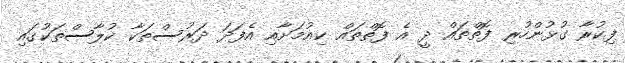
ފިކުރާ ގުޅުންހުރި ފޮތްތައް ދީ އެ ފޮތްތައް ކިއުމަށާއި އެފަދަ ދަރުސްތަކާ ކުލާސްތަކުގައި